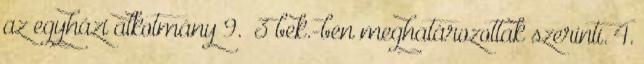
az egyházi alkotmány 9.§ 3 bek.-ben meghatározottak szerinti. 4.